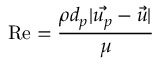
\mathrm { R e } = \frac { \rho d _ { p } \vert \vec { u _ { p } } - \vec { u } \vert } { \mu }